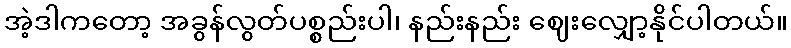
အဲ့ဒါကတော့ အခွန်လွတ်ပစ္စည်းပါ၊ နည်းနည်း ဈေးလျှော့နိုင်ပါတယ်။